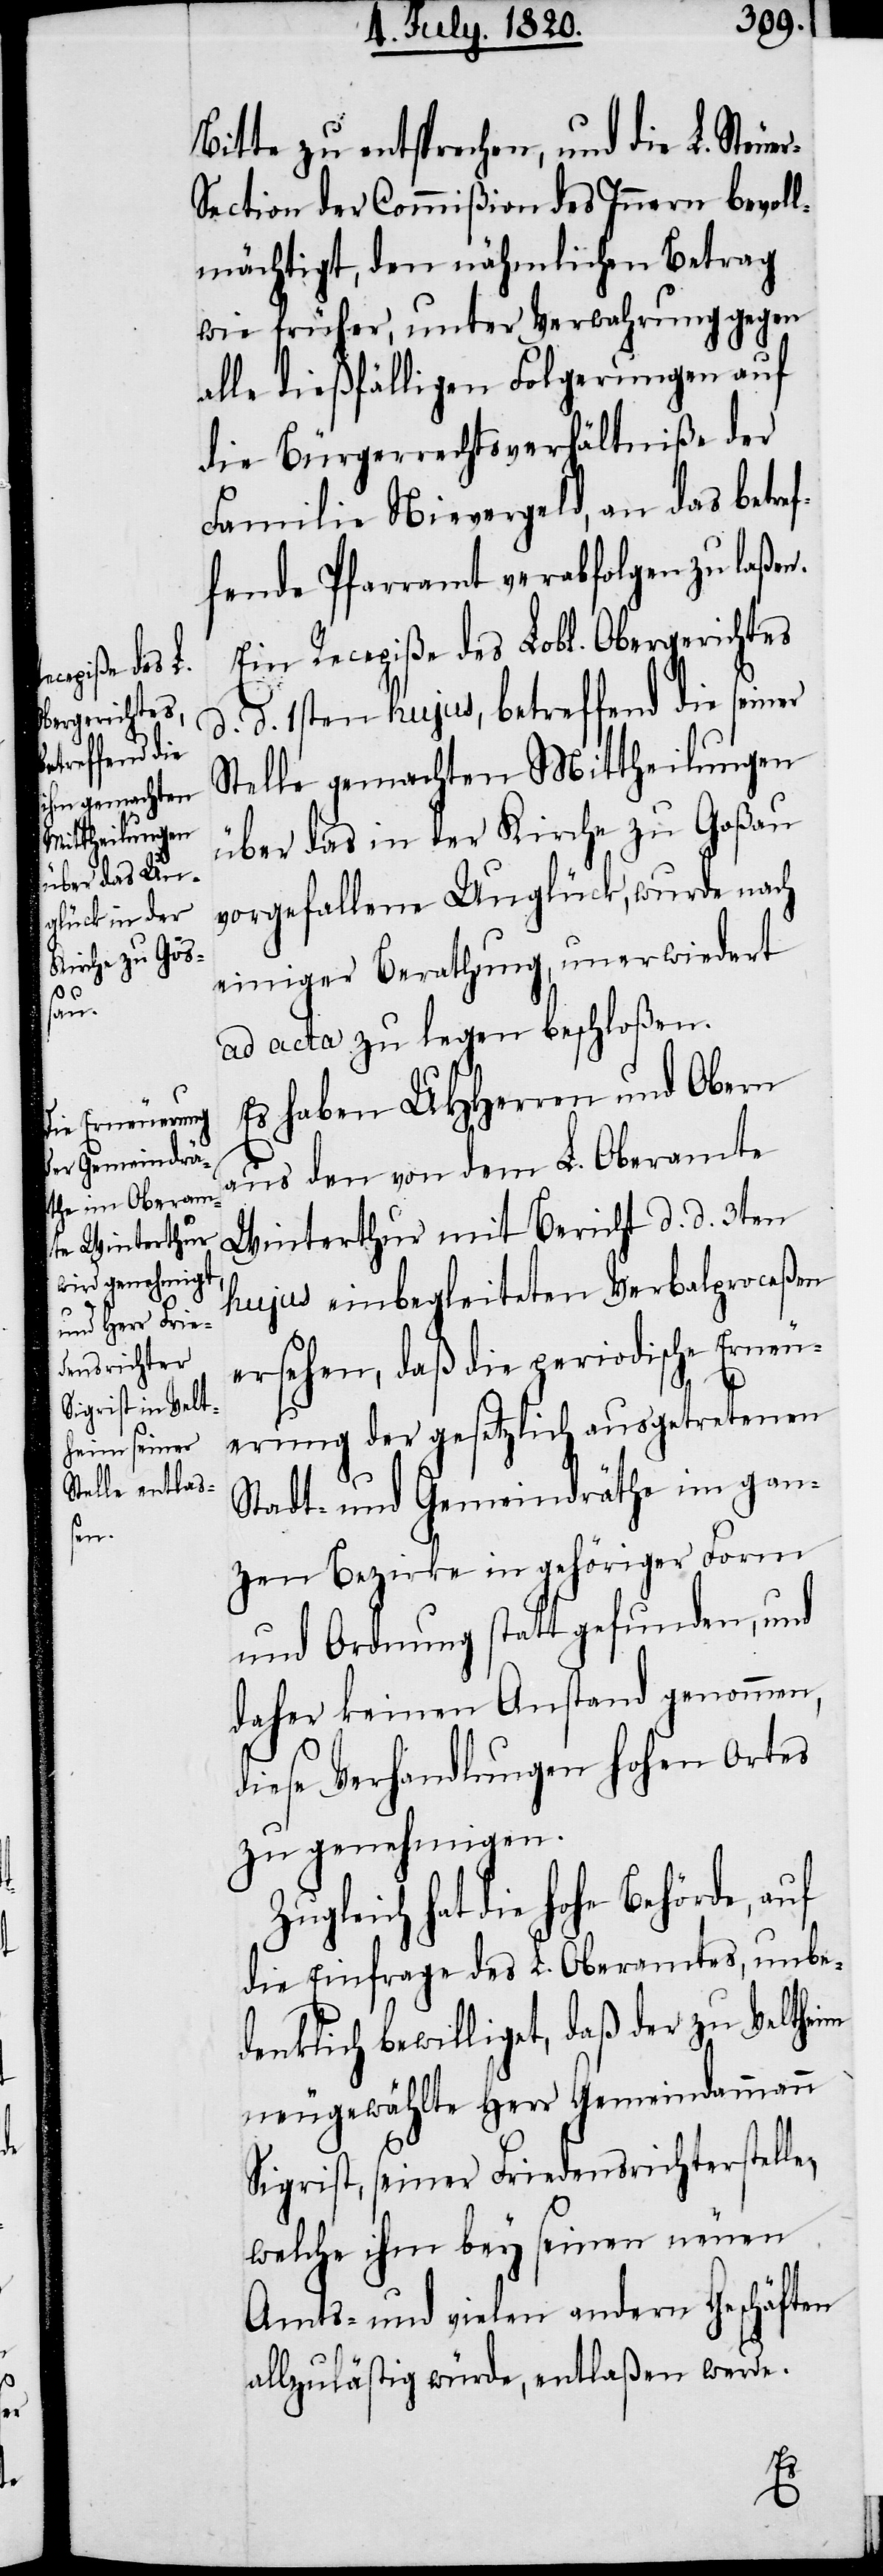
r-S¬

Bitte zu entsprechen, und die L. Steue¬
ection der Commißion des Innern bevoll¬
mächtigt, den nähmlichen Betrag
wie früher, unter Verwahrung gegen
alle dießfälligen Folgerungen auf
die Bürgerrechtsverhältniße der
Familie Nievergeld, an das betref¬
fende Pfarramt verabfolgen zu laßen.
Ein Recepiße des Lobl. Obergerichtes
d. 1sten hujus, betreffend die seiner
Stelle gemachten Mittheilungen
über das in der Kirche zu Goßau
vorgefallene Unglück, wurde nach
einiger Berathung, unerwiedert
ad acta zu legen beschloßen.
Es haben UHHerren und Obern
aus den von dem L. Oberamte
Winterthur mit Bericht d. d. 3ten
hujus einbegleiteten Verbalproceßen
ersehen, daß die periodische Erneu¬
d.
erung der gesetzlich ausgetretenen
Stadt- und Gemeindräthe im gan¬
zen Bezirke in gehöriger Form
und Ordnung statt gefunden, und
daher keinen Anstand genommen,
diese Verhandlungen hohen Ortes
zu genehmigen.
Zugleich hat die hohe Behörde,
die Einfrage des L. Oberamtes, unbe¬
denklich bewilliget, daß der zu Veltheim
neugewählte Herr Gemeindammann
Sigrist, seiner Friedensrichterstelle,
welche ihm bey seinen neuen
Amts- und vielen andern Geschäften
allzuläßtig würde, entlaßen wurde.